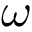
\omega